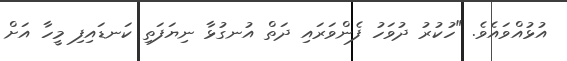
އުޅުއްވައެވެ. "ހުކުރު ދުވަހު ފެންވަރައި ދަތް އުނގުޅާ ނިޔަފަތި ކަނޑައިފި މީހާ އަށް